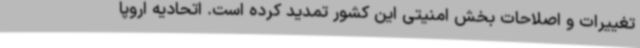
تغییرات و اصلاحات بخش امنیتی این کشور تمدید کرده است. اتحادیه اروپا